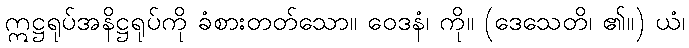
ဣဋ္ဌရုပ်အနိဋ္ဌရုပ်ကို ခံစားတတ်သော။ ဝေဒနံ၊ ကို။ (ဒေသေတိ၊ ၏။) ယံ၊